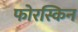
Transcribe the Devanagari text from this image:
फोरस्किन